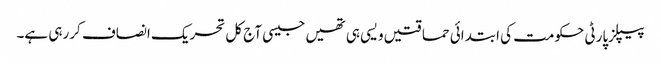
پیپلزپارٹی حکومت کی ابتدائی حماقتیں ویسی ہی تھیں جیسی آج کل تحریک انصاف کررہی ہے۔